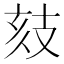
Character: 𢻉